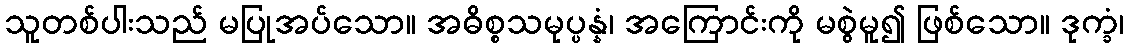
သူတစ်ပါးသည် မပြုအပ်သော။ အဓိစ္စသမုပ္ပန္နံ၊ အကြောင်းကို မစွဲမူ၍ ဖြစ်သော။ ဒုက္ခံ၊